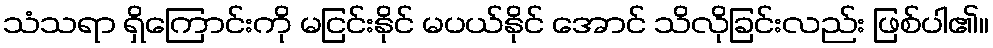
သံသရာ ရှိကြောင်းကို မငြင်းနိုင် မပယ်နိုင် အောင် သိလိုခြင်းလည်း ဖြစ်ပါ၏။